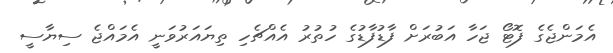
އެމަންޖެގެ ފޮޓޯ ޖަހާ އަބުރަށް ފާޑުފާޑުގެ ހުތުރު އެއްޗެހި ތިޔައަރުވަނީ އެމައްޖެ ސިޔާސީ